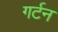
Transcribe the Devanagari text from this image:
गर्टन